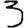
Digit: 3